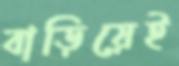
বাড়িয়েই